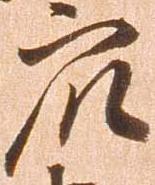
衆